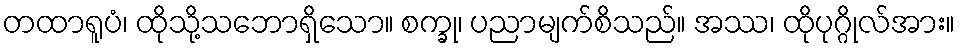
တထာရူပံ၊ ထိုသို့သဘောရှိသော။ စက္ခု၊ ပညာမျက်စိသည်။ အဿ၊ ထိုပုဂ္ဂိုလ်အား။